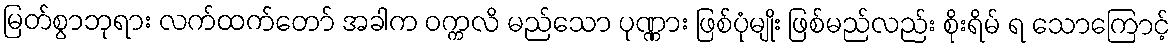
မြတ်စွာဘုရား လက်ထက်တော် အခါက ဝက္ကလိ မည်သော ပုဏ္ဏား ဖြစ်ပုံမျိုး ဖြစ်မည်လည်း စိုးရိမ် ရ သောကြောင့်